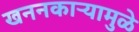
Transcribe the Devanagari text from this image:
खननकाऱ्यामुळे